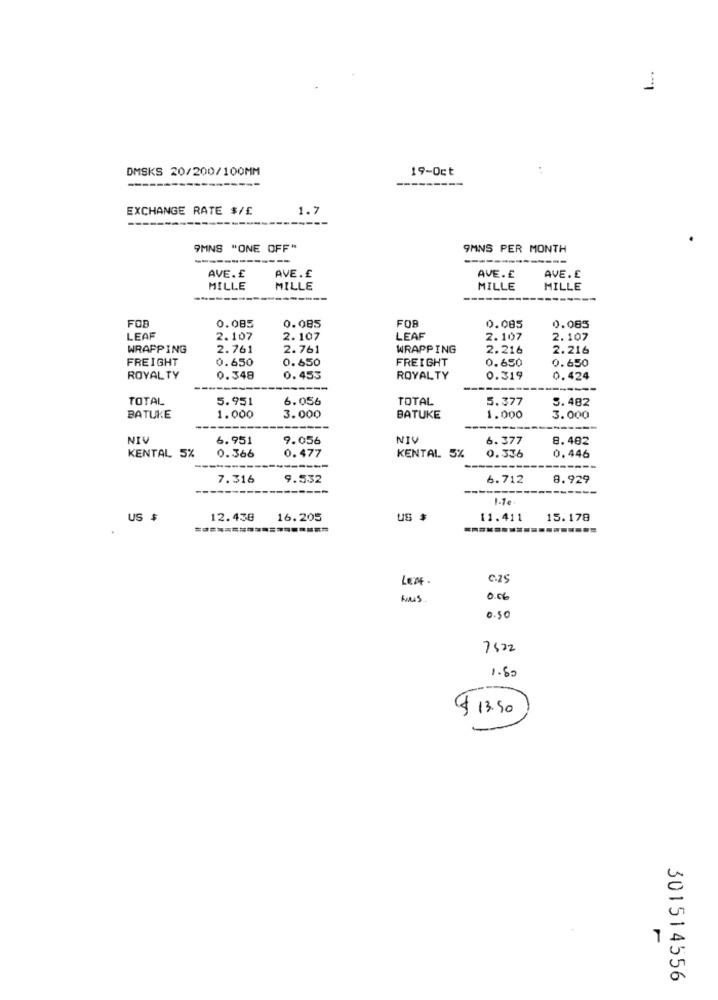
1
DMSKS 20/200/100MM
19-Oct
---
EXCHANGE RATE $/£
1.7
9MNS "ONE OFF"
9MNS PER MONTH
AVE.£
AVE.£
AVE. £
AVE.£
MILLE
MILLE
MILLE
MILLE
----------
FOR
0.085
0.085
FOB
0.085
0.085
LEAF
2.107
2.107
LEAF
2.107
2.107
WRAPPING
2.761
2.761
WRAPPING
2.216
2.216
FREIGHT
0.650
0.650
FREIGHT
0.650
0.650
ROYALTY
0.348
0.453
ROYALTY
0.319
0.424
---
------
TOTAL
5.951
6.056
TOTAL
5.377
5.482
BATUKE
1.000
3.000
BATUKE
1.000
3.000
NIV
6.951
9.056
NIV
6.377
8.482
KENTAL 5%
0.366
0.477
KENTAL 5%
0.446
0.336
7.316
9.532
6.712
8.929
1-1€
US $
12.438
16.205
US $
11.411
15.178
LENE
C.29
0.06
0.50
7522
1.60
$13.50
1
301514556